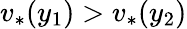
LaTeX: v_{*}(y_{1})>v_{*}(y_{2})